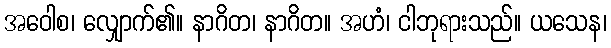
အဝေါစ၊ လျှောက်၏။ နာဂိတ၊ နာဂိတ။ အဟံ၊ ငါဘုရားသည်။ ယသေန၊